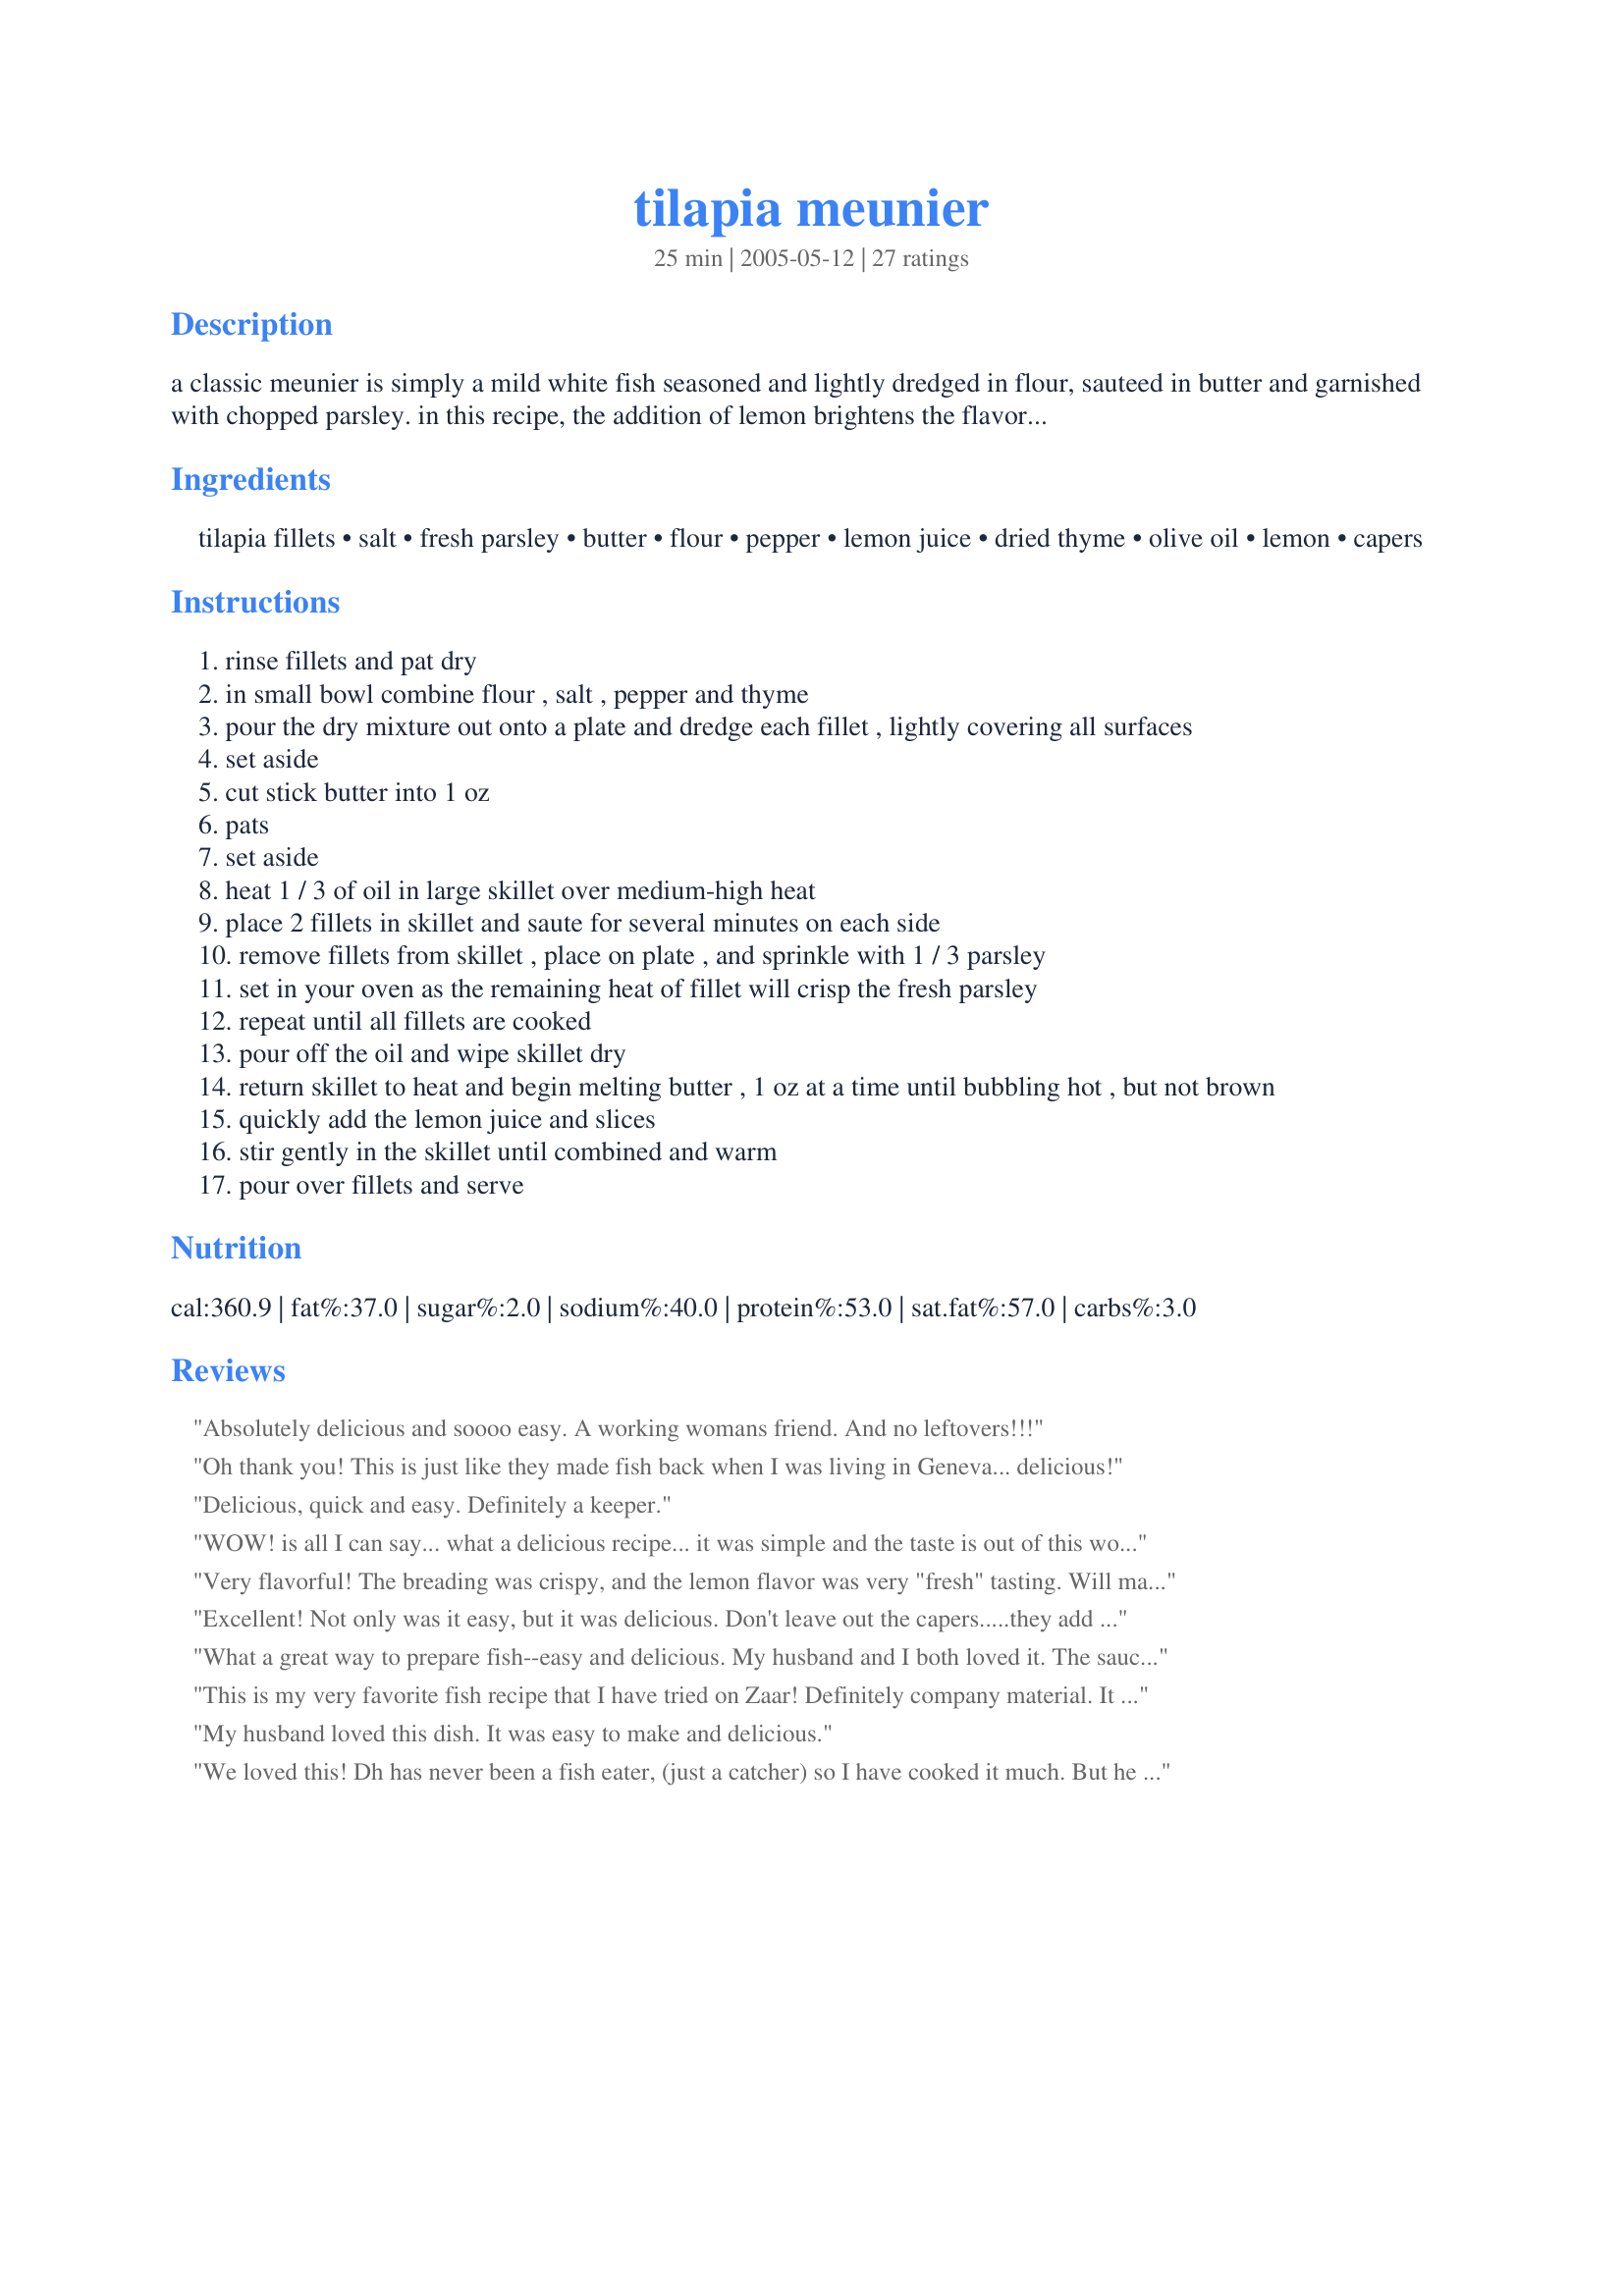
tilapia meunier
Preparation time: 25 minutes

a classic meunier is simply a mild white fish seasoned and lightly dredged in flour, sauteed in butter and garnished with chopped parsley. in this recipe, the addition of lemon brightens the flavor. a handful of toasted stale breadcrumbs can be added to the lemon-butter mixture to create a slightly more substantial sauce with a note of toasty flavor.

Ingredients:
tilapia fillets, salt, fresh parsley, butter, flour, pepper, lemon juice, dried thyme, olive oil, lemon, capers

Steps:
rinse fillets and pat dry
in small bowl combine flour , salt , pepper and thyme
pour the dry mixture out onto a plate and dredge each fillet , lightly covering all surfaces
set aside
cut stick butter into 1 oz
pats
set aside
heat 1 / 3 of oil in large skillet over medium-high heat
place 2 fillets in skillet and saute for several minutes on each side
remove fillets from skillet , place on plate , and sprinkle with 1 / 3 parsley
set in your oven as the remaining heat of fillet will crisp the fresh parsley
repeat until all fillets are cooked
pour off the oil and wipe skillet dry
return skillet to heat and begin melting butter , 1 oz at a time until bubbling hot , but not brown
quickly add the lemon juice and slices
stir gently in the skillet until combined and warm
pour over fillets and serve

Reviews:
Absolutely delicious and soooo easy. A working womans friend. And no leftovers!!!
Oh thank you! This is just like they made fish back when I was living in Geneva... delicious!
Delicious, quick and easy. Definitely a keeper.
WOW! is all I can say... what a delicious recipe... it was simple and the taste is out of this world good! The capers are a must! I paired this with baby spinach sauteed with olive oil, garlic, and a touch of lemon juice. also rice that was cooked in chicken stock with chopped parsley ... very good.. in fact I'm thinking of making it again this week!! its a keeper everyone.. a gotta try !
Very flavorful! The breading was crispy, and the lemon flavor was very "fresh" tasting. Will make again.
Excellent! Not only was it easy, but it was delicious. Don't leave out the capers.....they add so much! We had this with a little yellow rice and broccoli with thyme. Wonderful, light meal. Thank you for a easy flavorful dish!
What a great way to prepare fish--easy and delicious. My husband and I both loved it. 
The sauce was to die for. We will have this again often.
This is my very favorite fish recipe that I have tried on Zaar!
Definitely company material. It was easy, although I did get a little confused when you said to use 1/3 of the oil, but never mentioned what to do with the other 2/3. Anyway, I've cooked enough to muddle though and the results were spectacular! I followed everything to the letter and used the capers too. The best! The very, very best! Thanks for submitting this recipe.
My husband loved this dish. It was easy to make and delicious.
We loved this! Dh has never been a fish eater, (just a catcher) so I have cooked it much. But he told me to add this to our favorites. I did cut back on the salt and pepper by half in the flour mix, (I don't cook with allot of salt) But I will go with the full 2 tsp next time. Didn't have capers so left them out, but will try them with it next time. Was definatly quick and easy! Thanks for posting!
I had forgotten this method of preparation and am happy to be reminded. It is a simple, delicious dish.
Restaurant-quality. Wow, what a great sauce! The lemon and butter really set this dish off. Very easy to make, efficient, and elegant. My MIL even appreciated it.
This was surprisingly good. We all thought it was a little heavy on the lemons, but very tasty. Next time I make it I will add a little more butter to counterbalance the lemons and I think it will be just perfect!
There just isn't anything to not love about this. I didn't give stars because I changed the preparation.I used half oil and half butter to saute the fish in and when they were nice and brown I just poured the lemon juice over it and added the capers. I did this mostly to cut back on the amount of butter called for in the recipe. It was simple, highly flavorful and attractive.
What temperature is recommended for cooking the fish after it's been browned and how long should it be left in the oven?
DW and I both thought this was was very tasty! The lemon segments worked surprisingly well.

The only issue I had was keeping the cooked filets in the oven. If I hadn't read it through planning out my timing I wouldn't have started the oven soon enough.

Thanks for a wonderful recipe!
I really enjoyed this. So did my d/b. My boyfriend would call this "company worthy". Thank you !
Easy and very tasty results! Really like this recipe and have used it many times now. Only caution is to watch fish closely so you don't overcook it. Have also made this using tarragon rather than thyme, which is also very good!
This made a wonderfully quick meal served on a bed of Recipe #113983. The directions were well written and easy to follow. This is definately a repeat recipe.
I thought this was a very mundane recipe. But it also fell under the category of one of my Pet Peeves: WHY coat anything to make it crispy and then pour a liquid over it to make it all soggy?!!! If you must make this recipe, I'd suggest you serve the lemon-butter on the side.
We eat a lot of talapia and I have used several good zaar recipes. DH said he was game for another and this was it. He said excellent and I have to agree. It's added to our list of good good fish recipes. Gloria
This recipe is delicious! We didn't have fresh parsley- so i substituted dried. I'm sure fresh would have been better, but everyone raved about the recipe anyway! I didn't use capers. I wasn't sure what to put the oven on, so I just set it to 300 degrees to keep the fish warm while I made the butter sauce. That seemed to work just fine. There were no leftovers and many requests to make this again!
Absolutely fabulous!!! There is nothing that could be done any better than this!!!
An excellent dish that tastes gourmet and reminds me of fish I had in France while in the Army. Be CAREFUL, however of what a 'few' minutes saute time is, as my tilapia overcooked with about 3 min per side.
yummie and very quick!! Fabulous fish recipee. I cut way down on the butter and it was still great. Thanks
This had a great flavor! However I was multitasking and used 1/2 cup lemon juice by mistake - we had to scrape off the sauce and lovely thin breading. Even with that the fish had a good flavor, and the coating was beautiful. Will definitely make it again, and leave a proper review with stars next time :D
Oh my GOODNESS! Very good! I really liked how the thinnest part of the fish was crunchy, but the middle was flaky. The DH now thinks I am a cooking goddess!
